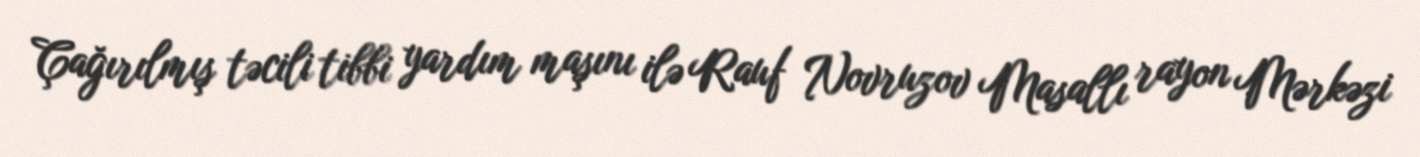
Çağırılmış təcili tibbi yardım maşını ilə Rauf Novruzov Masallı rayon Mərkəzi